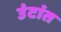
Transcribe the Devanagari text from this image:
उंटांत